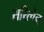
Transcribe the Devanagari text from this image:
सरित्चेन